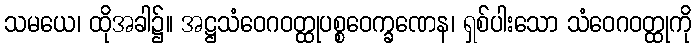
သမယေ၊ ထိုအခါ၌။ အဋ္ဌသံဝေဂဝတ္ထုပစ္စဝေက္ခဏေန၊ ရှစ်ပါးသော သံဝေဂဝတ္ထုကို